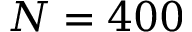
N = 4 0 0